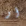
أو